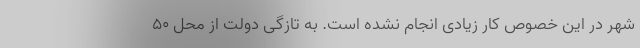
شهر در این خصوص کار زیادی انجام نشده است. به تازگی دولت از محل ۵۰